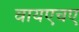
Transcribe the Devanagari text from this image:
वायएचए